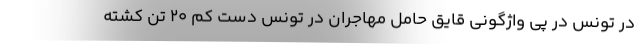
در تونس در پی واژگونی قایق حامل مهاجران در تونس دست کم 20 تن کشته